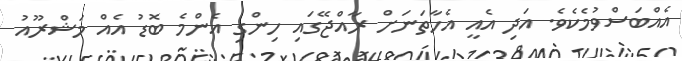
އެއްބަސްވުމެކެވެ. އަދި އެއީ އެހާތަނަށް ރާއްޖޭގައި ހިންގި އެންމެ ބޮޑު އެއް މަޝްރޫއު